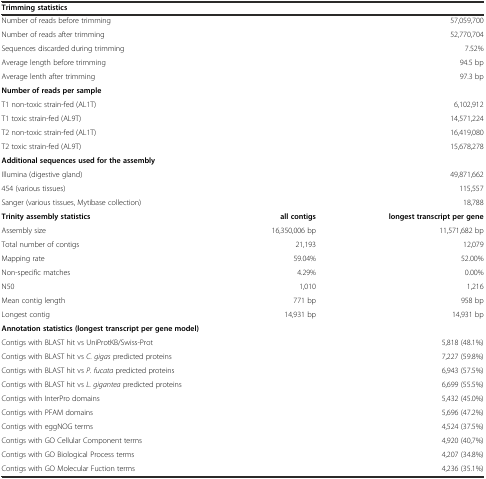
<table><thead><tr><td><b>Trimming statistics</b></td><td></td><td></td></tr></thead><tbody><tr><td>Number of reads before trimming</td><td></td><td>57,059,700</td></tr><tr><td>Number of reads after trimming</td><td></td><td>52,770,704</td></tr><tr><td>Sequences discarded during trimming</td><td></td><td>7.52%</td></tr><tr><td>Average length before trimming</td><td></td><td>94.5 bp</td></tr><tr><td>Average lenth after trimming</td><td></td><td>97.3 bp</td></tr><tr><td><b>Number of reads per sample</b></td><td></td><td></td></tr><tr><td>T1 non-toxic strain-fed (AL1T)</td><td></td><td>6,102,912</td></tr><tr><td>T1 toxic strain-fed (AL9T)</td><td></td><td>14,571,224</td></tr><tr><td>T2 non-toxic strain-fed (AL1T)</td><td></td><td>16,419,080</td></tr><tr><td>T2 toxic strain-fed (AL9T)</td><td></td><td>15,678,278</td></tr><tr><td><b>Additional sequences used for the assembly</b></td><td></td><td></td></tr><tr><td>Illumina (digestive gland)</td><td></td><td>49,871,662</td></tr><tr><td>454 (various tissues)</td><td></td><td>115,557</td></tr><tr><td>Sanger (various tissues, Mytibase collection)</td><td></td><td>18,788</td></tr><tr><td><b>Trinity assembly statistics</b></td><td><b>all contigs</b></td><td><b>longest transcript per gene</b></td></tr><tr><td>Assembly size</td><td>16,350,006 bp</td><td>11,571,682 bp</td></tr><tr><td>Total number of contigs</td><td>21,193</td><td>12,079</td></tr><tr><td>Mapping rate</td><td>59.04%</td><td>52.00%</td></tr><tr><td>Non-specific matches</td><td>4.29%</td><td>0.00%</td></tr><tr><td>N50</td><td>1,010</td><td>1,216</td></tr><tr><td>Mean contig length</td><td>771 bp</td><td>958 bp</td></tr><tr><td>Longest contig</td><td>14,931 bp</td><td>14,931 bp</td></tr><tr><td><b>Annotation statistics (longest transcript per gene model)</b></td><td></td><td></td></tr><tr><td>Contigs with BLAST hit vs UniProtKB/Swiss-Prot</td><td></td><td>5,818 (48.1%)</td></tr><tr><td>Contigs with BLAST hit vs <i>C. gigas</i> predicted proteins</td><td></td><td>7,227 (59.8%)</td></tr><tr><td>Contigs with BLAST hit vs <i>P. fucata</i> predicted proteins</td><td></td><td>6,943 (57.5%)</td></tr><tr><td>Contigs with BLAST hit vs <i>L. gigantea</i> predicted proteins</td><td></td><td>6,699 (55.5%)</td></tr><tr><td>Contigs with InterPro domains</td><td></td><td>5,432 (45.0%)</td></tr><tr><td>Contigs with PFAM domains</td><td></td><td>5,696 (47.2%)</td></tr><tr><td>Contigs with eggNOG terms</td><td></td><td>4,524 (37.5%)</td></tr><tr><td>Contigs with GO Cellular Component terms</td><td></td><td>4,920 (40,7%)</td></tr><tr><td>Contigs with GO Biological Process terms</td><td></td><td>4,207 (34.8%)</td></tr><tr><td>Contigs with GO Molecular Fuction terms</td><td></td><td>4,236 (35.1%)</td></tr></tbody></table>